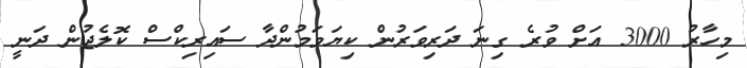
މިހާރު 3000 އަށް ވުރެ ގިނަ ދަރިވަރުން ކިޔަވަމުންދާ ސައިރިކްސް ކޮލެޖުން ދަނީ